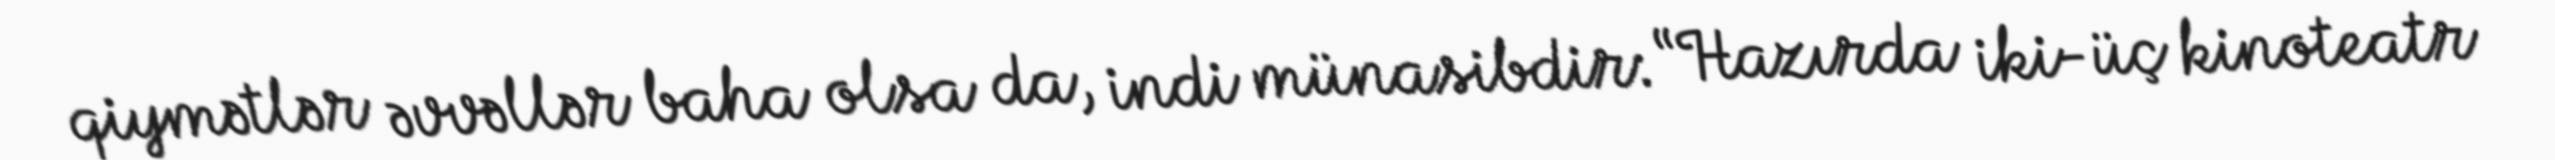
qiymətlər əvvəllər baha olsa da, indi münasibdir: “Hazırda iki-üç kinoteatr